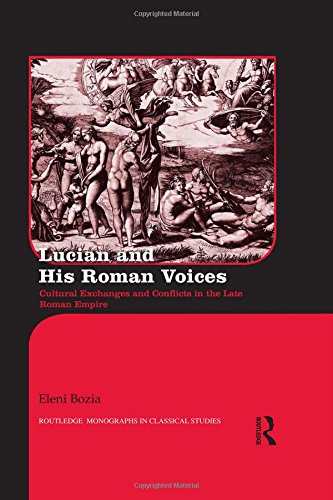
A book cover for Lucian and His Roman Voices: Cultural Exchanges and Conflicts in the Late Roman Empire (Routledge Monographs in Classical Studies); Eleni Bozia; Humor & Entertainment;